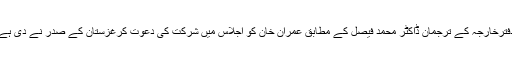
دفترخارجہ کے ترجمان ڈاکٹر محمد فیصل کے مطابق عمران خان کو اجلاس میں شرکت کی دعوت کرغزستان کے صدر نے دی ہے۔